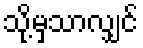
သို့မှသာလျှင်